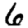
Digit: 6